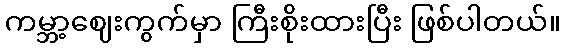
ကမ္ဘာ့ဈေးကွက်မှာ ကြီးစိုးထားပြီး ဖြစ်ပါတယ်။